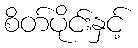
စိတ်ပိုင်းနှင့်